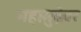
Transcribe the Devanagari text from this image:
महामुद्रेवर